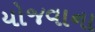
યોજવાના